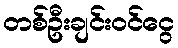
တစ်ဦးချင်းဝင်ငွေ